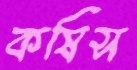
কষিস